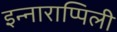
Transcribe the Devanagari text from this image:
इन्नाराप्पिली